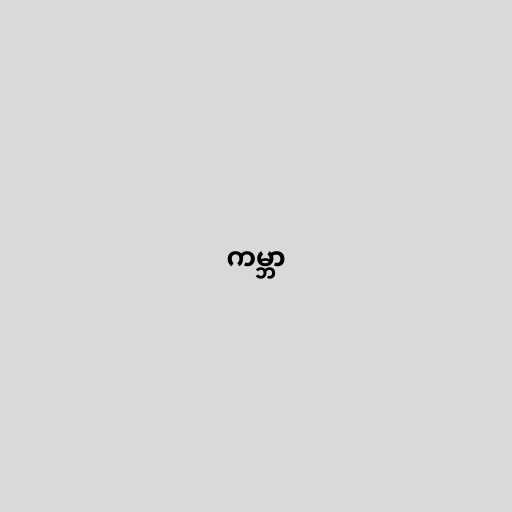
ကမ္ဘာ